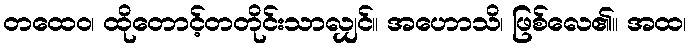
တထေဝ၊ ထိုတောင့်တတိုင်းသာလျှင်။ အဟောသိ၊ ဖြစ်လေ၏။ အထ၊